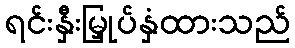
ရင်းနှီးမြှုပ်နှံထားသည်